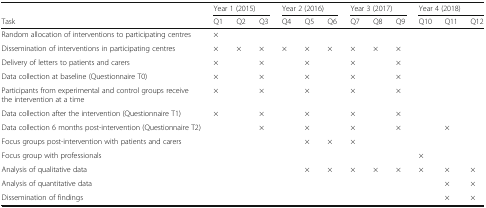
<table><thead><tr><td></td><td colspan="3"><b>Year 1 (2015)</b></td><td colspan="3"><b>Year 2 (2016)</b></td><td colspan="3"><b>Year 3 (2017)</b></td><td colspan="3"><b>Year 4 (2018)</b></td></tr><tr><td><b>Task</b></td><td><b>Q1</b></td><td><b>Q2</b></td><td><b>Q3</b></td><td><b>Q4</b></td><td><b>Q5</b></td><td><b>Q6</b></td><td><b>Q7</b></td><td><b>Q8</b></td><td><b>Q9</b></td><td><b>Q10</b></td><td><b>Q11</b></td><td><b>Q12</b></td></tr></thead><tbody><tr><td>Random allocation of interventions to participating centres</td><td>×</td><td></td><td></td><td></td><td></td><td></td><td></td><td></td><td></td><td></td><td></td><td></td></tr><tr><td>Dissemination of interventions in participating centres</td><td>×</td><td>×</td><td>×</td><td>×</td><td>×</td><td>×</td><td>×</td><td>×</td><td>×</td><td></td><td></td><td></td></tr><tr><td>Delivery of letters to patients and carers</td><td>×</td><td></td><td>×</td><td></td><td>×</td><td></td><td>×</td><td></td><td>×</td><td></td><td></td><td></td></tr><tr><td>Data collection at baseline (Questionnaire T0)</td><td>×</td><td></td><td>×</td><td></td><td>×</td><td></td><td>×</td><td></td><td>×</td><td></td><td></td><td></td></tr><tr><td>Participants from experimental and control groups receive the intervention at a time</td><td>×</td><td></td><td>×</td><td></td><td>×</td><td></td><td>×</td><td></td><td>×</td><td></td><td></td><td></td></tr><tr><td>Data collection after the intervention (Questionnaire T1)</td><td>×</td><td></td><td>×</td><td></td><td>×</td><td></td><td>×</td><td></td><td>×</td><td></td><td></td><td></td></tr><tr><td>Data collection 6 months post-intervention (Questionnaire T2)</td><td></td><td></td><td>×</td><td></td><td>×</td><td></td><td>×</td><td></td><td>×</td><td></td><td>×</td><td></td></tr><tr><td>Focus groups post-intervention with patients and carers</td><td></td><td></td><td></td><td></td><td>×</td><td>×</td><td>×</td><td></td><td></td><td></td><td></td><td></td></tr><tr><td>Focus group with professionals</td><td></td><td></td><td></td><td></td><td></td><td></td><td></td><td></td><td></td><td>×</td><td></td><td></td></tr><tr><td>Analysis of qualitative data</td><td></td><td></td><td></td><td></td><td>×</td><td>×</td><td>×</td><td>×</td><td>×</td><td>×</td><td>×</td><td>×</td></tr><tr><td>Analysis of quantitative data</td><td></td><td></td><td></td><td></td><td></td><td></td><td></td><td></td><td></td><td></td><td>×</td><td>×</td></tr><tr><td>Dissemination of findings</td><td></td><td></td><td></td><td></td><td></td><td></td><td></td><td></td><td></td><td></td><td>×</td><td>×</td></tr></tbody></table>